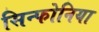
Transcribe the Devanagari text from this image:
सिन्फोनिया